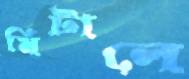
মিটালে